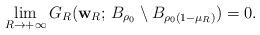
LaTeX: \begin{align*} \lim_{R\to +\infty} G_R(\mathbf{w}_R; \, B_{\rho_0}\setminus B_{\rho_0(1-\mu_R)}) = 0. \end{align*}